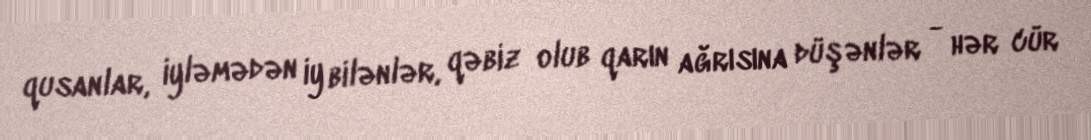
qusanlar, iyləmədən iy bilənlər, qəbiz olub qarın ağrısına düşənlər - hər cür